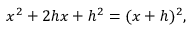
x ^ { 2 } + 2 h x + h ^ { 2 } = ( x + h ) ^ { 2 } ,